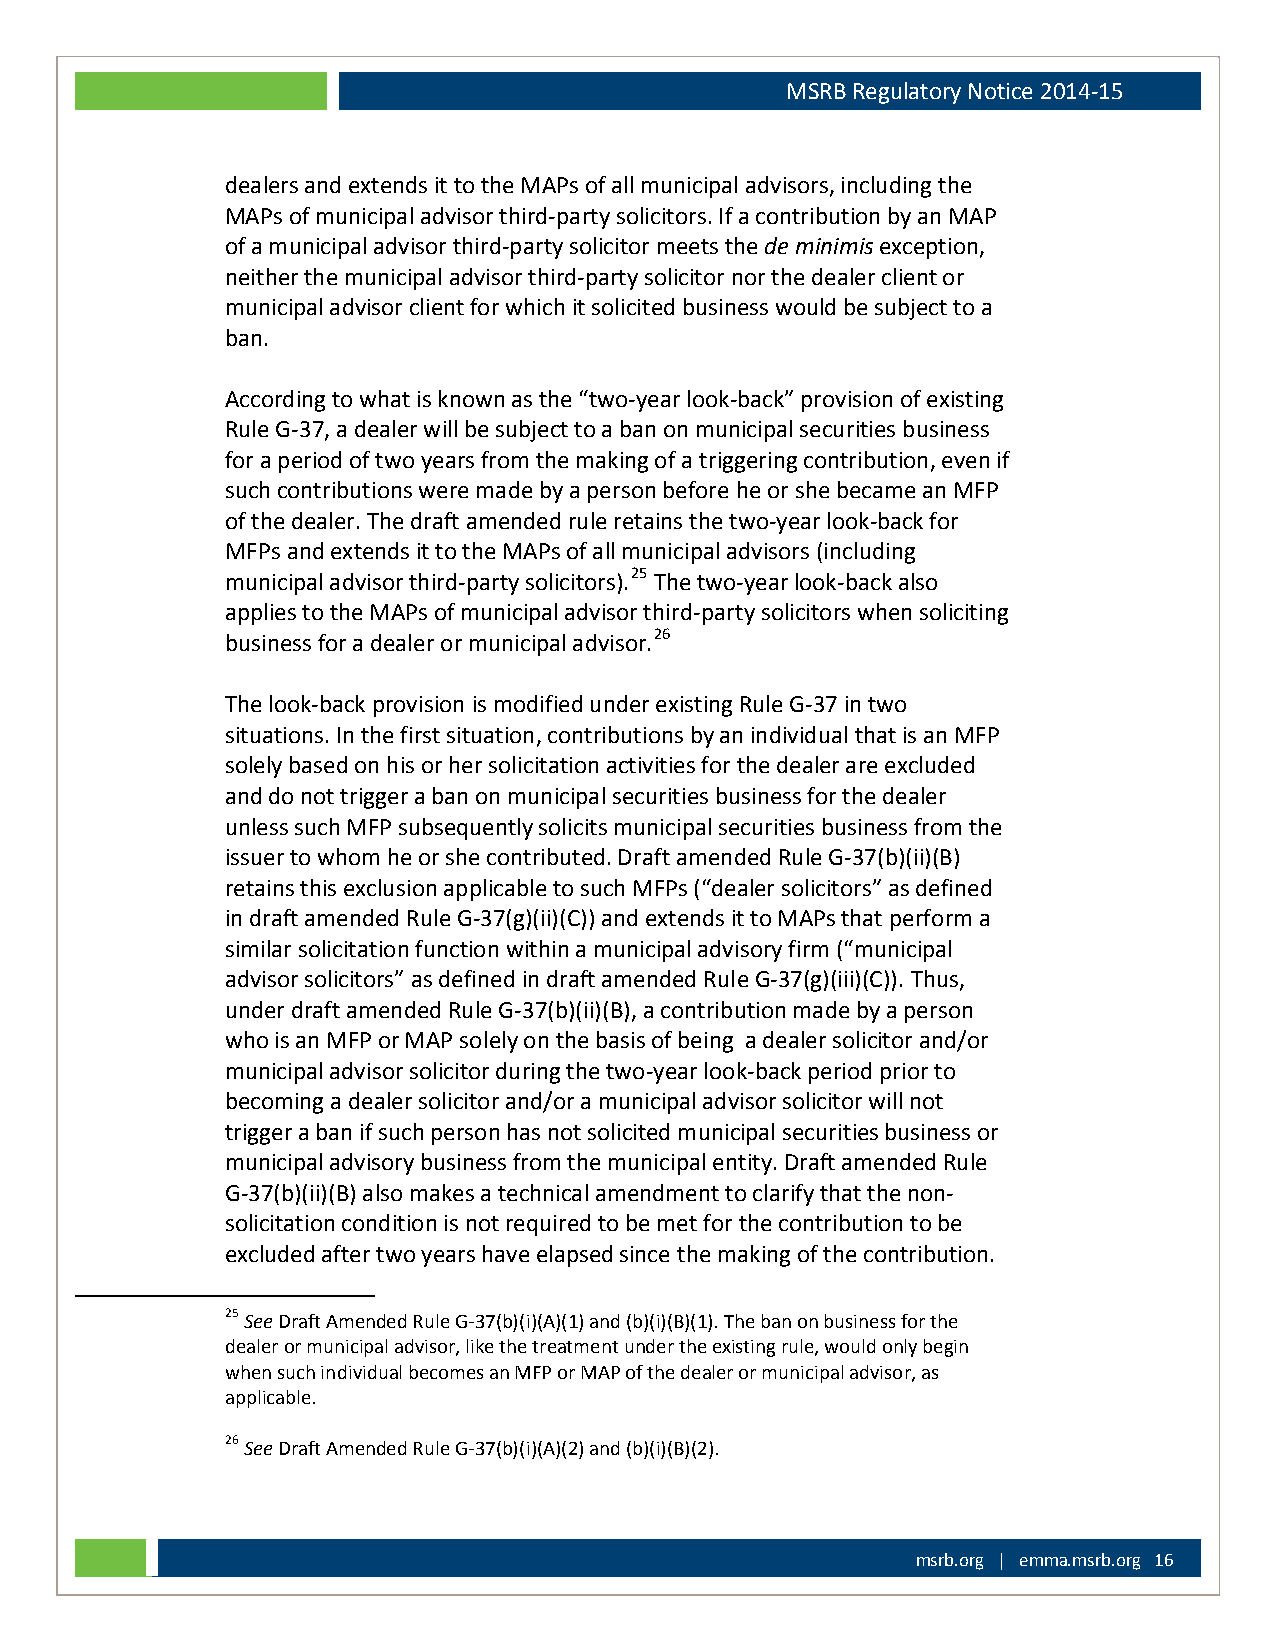
MSRB Regulatory Notice 2014-15
 dealers and extends it to the MAPs of all municipal advisors, including the
 MAPs of municipal advisor third-party solicitors. If a contribution by an MAP
 of a municipal advisor third-party solicitor meets the de minimis exception,
 neither the municipal advisor third-party solicitor nor the dealer client or
 municipal advisor client for which it solicited business would be subject to a
 ban.
 According to what is known as the “two-year look-back” provision of existing
 Rule G-37, a dealer will be subject to a ban on municipal securities business
 for a period of two years from the making of a triggering contribution, even if
 such contributions were made by a person before he or she became an MFP
 of the dealer. The draft amended rule retains the two-year look-back for
 MFPs and extends it to the MAPs of all municipal advisors (including
 municipal advisor third-party solicitors).25 The two-year look-back also
 applies to the MAPs of municipal advisor third-party solicitors when soliciting
 business for a dealer or municipal advisor.26
 The look-back provision is modified under existing Rule G-37 in two
 situations. In the first situation, contributions by an individual that is an MFP
 solely based on his or her solicitation activities for the dealer are excluded
 and do not trigger a ban on municipal securities business for the dealer
 unless such MFP subsequently solicits municipal securities business from the
 issuer to whom he or she contributed. Draft amended Rule G-37(b)(ii)(B)
 retains this exclusion applicable to such MFPs (“dealer solicitors” as defined
 in draft amended Rule G-37(g)(ii)(C)) and extends it to MAPs that perform a
 similar solicitation function within a municipal advisory firm (“municipal
 advisor solicitors” as defined in draft amended Rule G-37(g)(iii)(C)). Thus,
 under draft amended Rule G-37(b)(ii)(B), a contribution made by a person
 who is an MFP or MAP solely on the basis of being a dealer solicitor and/or
 municipal advisor solicitor during the two-year look-back period prior to
 becoming a dealer solicitor and/or a municipal advisor solicitor will not
 trigger a ban if such person has not solicited municipal securities business or
 municipal advisory business from the municipal entity. Draft amended Rule
 G-37(b)(ii)(B) also makes a technical amendment to clarify that the non-
 solicitation condition is not required to be met for the contribution to be
 excluded after two years have elapsed since the making of the contribution.
 25 See Draft Amended Rule G-37(b)(i)(A)(1) and (b)(i)(B)(1). The ban on business for the
 dealer or municipal advisor, like the treatment under the existing rule, would only begin
 when such individual becomes an MFP or MAP of the dealer or municipal advisor, as
 applicable.
 26 See Draft Amended Rule G-37(b)(i)(A)(2) and (b)(i)(B)(2).
 msrb.org | emma.msrb.org 16